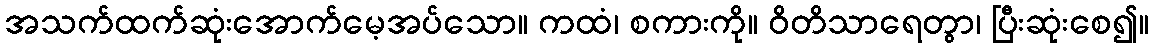
အသက်ထက်ဆုံးအောက်မေ့အပ်သော။ ကထံ၊ စကားကို။ ဝိတိသာရေတွာ၊ ပြီးဆုံးစေ၍။